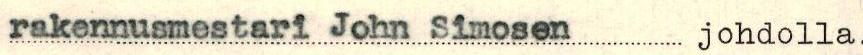
rakennusmestari John Simosen johdolla